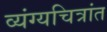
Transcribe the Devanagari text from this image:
व्यंग्यचित्रांत